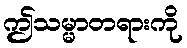
ဤသမ္မာတရားကို